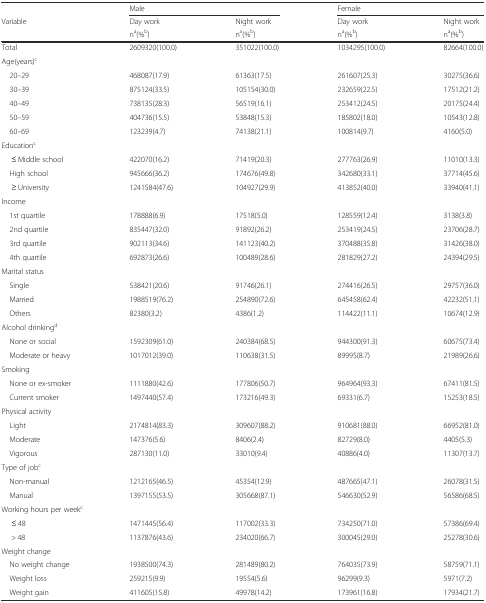
<table><thead><tr><td></td><td colspan="2"><b>Male</b></td><td colspan="2"><b>Female</b></td></tr><tr><td><b>Variable</b></td><td><b>Day work</b></td><td><b>Night work</b></td><td><b>Day work</b></td><td><b>Night work</b></td></tr><tr><td></td><td><b>n<sup>a</sup>(%<sup>b</sup>)</b></td><td><b>n<sup>a</sup>(%<sup>b</sup>)</b></td><td><b>n<sup>a</sup>(%<sup>b</sup>)</b></td><td><b>n<sup>a</sup>(%<sup>b</sup>)</b></td></tr></thead><tbody><tr><td>Total</td><td>2609320(100.0)</td><td>351022(100.0)</td><td>1034295(100.0)</td><td>82664(100.0)</td></tr><tr><td colspan="5">Age(years)<sup>c</sup></td></tr><tr><td> 20–29</td><td>468087(17.9)</td><td>61363(17.5)</td><td>261607(25.3)</td><td>30275(36.6)</td></tr><tr><td> 30–39</td><td>875124(33.5)</td><td>105154(30.0)</td><td>232659(22.5)</td><td>17512(21.2)</td></tr><tr><td> 40–49</td><td>738135(28.3)</td><td>56519(16.1)</td><td>253412(24.5)</td><td>20175(24.4)</td></tr><tr><td> 50–59</td><td>404736(15.5)</td><td>53848(15.3)</td><td>185802(18.0)</td><td>10543(12.8)</td></tr><tr><td> 60–69</td><td>123239(4.7)</td><td>74138(21.1)</td><td>100814(9.7)</td><td>4160(5.0)</td></tr><tr><td colspan="5">Education<sup>c</sup></td></tr><tr><td>≤ Middle school</td><td>422070(16.2)</td><td>71419(20.3)</td><td>277763(26.9)</td><td>11010(13.3)</td></tr><tr><td> High school</td><td>945666(36.2)</td><td>174676(49.8)</td><td>342680(33.1)</td><td>37714(45.6)</td></tr><tr><td>≥ University</td><td>1241584(47.6)</td><td>104927(29.9)</td><td>413852(40.0)</td><td>33940(41.1)</td></tr><tr><td colspan="5">Income</td></tr><tr><td> 1st quartile</td><td>178888(6.9)</td><td>17518(5.0)</td><td>128559(12.4)</td><td>3138(3.8)</td></tr><tr><td> 2nd quartile</td><td>835447(32.0)</td><td>91892(26.2)</td><td>253419(24.5)</td><td>23706(28.7)</td></tr><tr><td> 3rd quartile</td><td>902113(34.6)</td><td>141123(40.2)</td><td>370488(35.8)</td><td>31426(38.0)</td></tr><tr><td> 4th quartile</td><td>692873(26.6)</td><td>100489(28.6)</td><td>281829(27.2)</td><td>24394(29.5)</td></tr><tr><td colspan="5">Marital status</td></tr><tr><td> Single</td><td>538421(20.6)</td><td>91746(26.1)</td><td>274416(26.5)</td><td>29757(36.0)</td></tr><tr><td> Married</td><td>1988519(76.2)</td><td>254890(72.6)</td><td>645458(62.4)</td><td>42232(51.1)</td></tr><tr><td> Others</td><td>82380(3.2)</td><td>4386(1.2)</td><td>114422(11.1)</td><td>10674(12.9)</td></tr><tr><td colspan="5">Alcohol drinking<sup>d</sup></td></tr><tr><td> None or social</td><td>1592309(61.0)</td><td>240384(68.5)</td><td>944300(91.3)</td><td>60675(73.4)</td></tr><tr><td> Moderate or heavy</td><td>1017012(39.0)</td><td>110638(31.5)</td><td>89995(8.7)</td><td>21989(26.6)</td></tr><tr><td colspan="5">Smoking</td></tr><tr><td> None or ex-smoker</td><td>1111880(42.6)</td><td>177806(50.7)</td><td>964964(93.3)</td><td>67411(81.5)</td></tr><tr><td> Current smoker</td><td>1497440(57.4)</td><td>173216(49.3)</td><td>69331(6.7)</td><td>15253(18.5)</td></tr><tr><td colspan="5">Physical activity</td></tr><tr><td> Light</td><td>2174814(83.3)</td><td>309607(88.2)</td><td>910681(88.0)</td><td>66952(81.0)</td></tr><tr><td> Moderate</td><td>147376(5.6)</td><td>8406(2.4)</td><td>82729(8.0)</td><td>4405(5.3)</td></tr><tr><td> Vigorous</td><td>287130(11.0)</td><td>33010(9.4)</td><td>40886(4.0)</td><td>11307(13.7)</td></tr><tr><td colspan="5">Type of job<sup>c</sup></td></tr><tr><td> Non-manual</td><td>1212165(46.5)</td><td>45354(12.9)</td><td>487665(47.1)</td><td>26078(31.5)</td></tr><tr><td> Manual</td><td>1397155(53.5)</td><td>305668(87.1)</td><td>546630(52.9)</td><td>56586(68.5)</td></tr><tr><td colspan="5">Working hours per week<sup>c</sup></td></tr><tr><td>≤ 48</td><td>1471445(56.4)</td><td>117002(33.3)</td><td>734250(71.0)</td><td>57386(69.4)</td></tr><tr><td>&gt; 48</td><td>1137876(43.6)</td><td>234020(66.7)</td><td>300045(29.0)</td><td>25278(30.6)</td></tr><tr><td colspan="5">Weight change</td></tr><tr><td> No weight change</td><td>1938500(74.3)</td><td>281489(80.2)</td><td>764035(73.9)</td><td>58759(71.1)</td></tr><tr><td> Weight loss</td><td>259215(9.9)</td><td>19554(5.6)</td><td>96299(9.3)</td><td>5971(7.2)</td></tr><tr><td> Weight gain</td><td>411605(15.8)</td><td>49978(14.2)</td><td>173961(16.8)</td><td>17934(21.7)</td></tr></tbody></table>